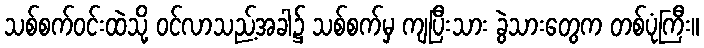
သစ်စက်ဝင်းထဲသို့ ဝင်လာသည့်အခါ၌ သစ်စက်မှ ကျပြီးသား ခွဲသားတွေက တစ်ပုံကြီး။